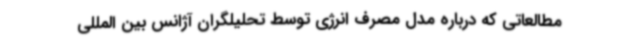
مطالعاتی که درباره مدل مصرف انرژی توسط تحلیلگران آژانس بین المللی